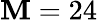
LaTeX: \mathbf{M}=24